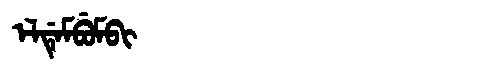
Manchu: ᡝᠯᡩᡝᠮᠪᡠᠮᠪᡳ
Romanization: ELDEMBUMBI